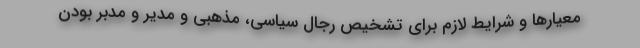
معیار‌ها و شرایط لازم برای تشخیص رجال سیاسی، مذهبی و مدیر و مدبر بودن